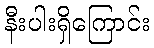
နီးပါးရှိကြောင်း